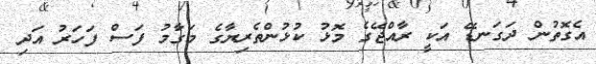
އެގޮތުން ދަގަނޑޭ އަކީ ރާއްޖޭގެ މޮޅު ކުޅުންތެރިޔާގެ މަގާމު ފަސް ފަހަރު އަދި